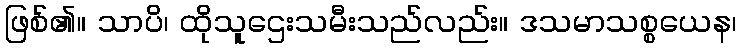
ဖြစ်၏။ သာပိ၊ ထိုသူဌေးသမီးသည်လည်း။ ဒသမာသစ္စယေန၊